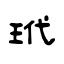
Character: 玳